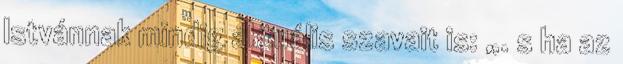
Istvánnak mindig aktuális szavait is: „. s ha az